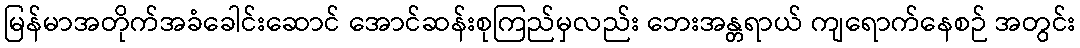
မြန်မာအတိုက်အခံခေါင်းဆောင် အောင်ဆန်းစုကြည်မှလည်း ဘေးအန္တရာယ် ကျရောက်နေစဉ် အတွင်း